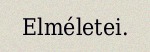
Elméletei.